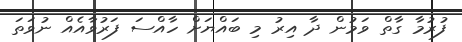
ފުރުމާ ގާތް ވަމުން ދާ އިރު މި ބައްޔަށް ހާއްސަ ފަރުވާއެއް ނުވަތަ